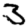
Digit: 3